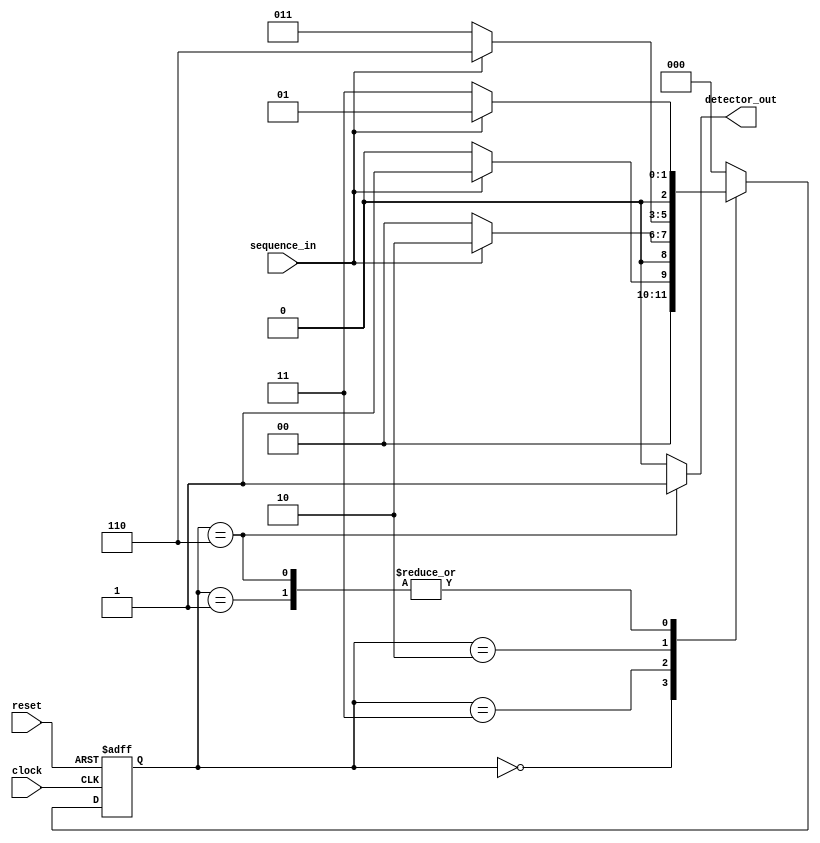
// Verilog project: Verilog code for Sequence Detector using Moore FSM
// The sequence being detected is "1011" or One Zero One One 
module Sequence_Detector_MOORE_Verilog(sequence_in,clock,reset,detector_out
    );
input clock; // clock signal
input reset; // reset input
input sequence_in; // binary input
output reg detector_out; // output of the sequence detector
parameter  Zero=3'b000, // "Zero" State
           One=3'b001, // "One" State
           OneZero=3'b011, // "OneZero" State
           OneZeroOne=3'b010, // "OnceZeroOne" State
           OneZeroOneOne=3'b110;// "OneZeroOneOne" State
reg [2:0] current_state, next_state; // current state and next state
// sequential memory of the Moore FSM
always @(posedge clock, posedge reset)
begin
 if(reset==1) 
 current_state <= Zero;// when reset=1, reset the state of the FSM to "Zero" State
 else
 current_state <= next_state; // otherwise, next state
end 
// combinational logic of the Moore FSM
// to determine next state 
always @(current_state,sequence_in)
begin
 case(current_state) 
 Zero:begin
  if(sequence_in==1)
   next_state = One;
  else
   next_state = Zero;
 end
 One:begin
  if(sequence_in==0)
   next_state = OneZero;
  else
   next_state = One;
 end
 OneZero:begin
  if(sequence_in==0)
   next_state = Zero;
  else
   next_state = OneZeroOne;
 end 
 OneZeroOne:begin
  if(sequence_in==0)
   next_state = OneZero;
  else
   next_state = OneZeroOneOne;
 end
 OneZeroOneOne:begin
  if(sequence_in==0)
   next_state = OneZero;
  else
   next_state = One;
 end
 default:next_state = Zero;
 endcase
end
// combinational logic to determine the output
// of the Moore FSM, output only depends on current state
always @(current_state)
begin 
 case(current_state) 
    Zero:   detector_out = 0;
    One:   detector_out = 0;
    OneZero:  detector_out = 0;
    OneZeroOne:  detector_out = 0;
    OneZeroOneOne:  detector_out = 1;
 default:  detector_out = 0;
 endcase
end 
endmodule